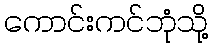
ကောင်းကင်ဘုံသို့